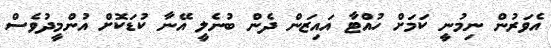
އެވަރުން ނިމުނީ ކަމަށް ހުއްޓާ އައިޒަން ދެން ބުނެލީ އޭނާ ކުޑަކޮށް އުންމީދުވެސް